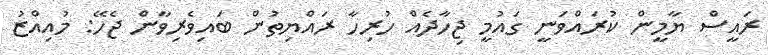
ރައީސް ޔާމީން ކުރައްވަނީ ގައުމީ ޖިހާދެއް ހުރިހާ ރައްޔިތުން ބައިވެރިވާން ޖެހޭ: މުއިއްޒު